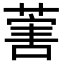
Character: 𦵯